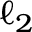
\ell _ { 2 }